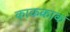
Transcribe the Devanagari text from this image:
काककाक